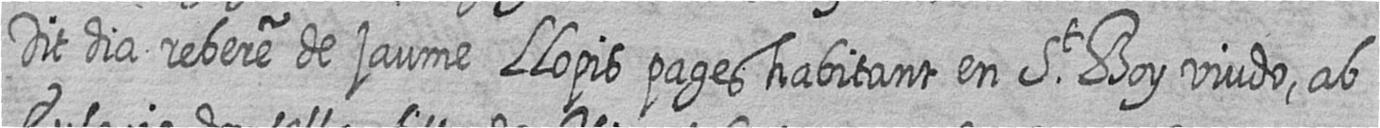
Dit dia rebere de jaume Llopis pages habitant en St Boy viudo ab